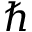
\hbar